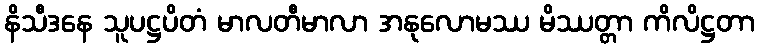
နိသီဒနေ သူပဋ္ဌပိတံ မာလတီမာလာ အနုလောမဿ မိဿတ္တာ ကိလိဋ္ဌတာ